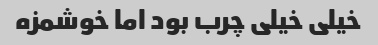
خیلی خیلی چرب بود اما خوشمزه